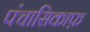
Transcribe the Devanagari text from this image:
पंचासिकाफ़